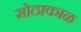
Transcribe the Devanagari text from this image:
मोठाकाळ